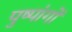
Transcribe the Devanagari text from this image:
पुष्पांगों